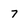
Character: 7